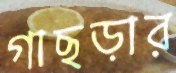
গাছড়ার